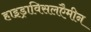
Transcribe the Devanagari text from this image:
हाइड्राविसलएैमीन